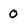
Character: O